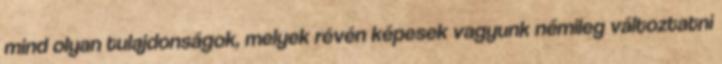
mind olyan tulajdonságok, melyek révén képesek vagyunk némileg változtatni